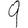
Digit: 9